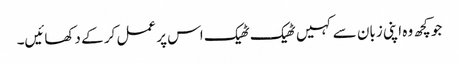
جو کچھ وہ اپنی زبان سے کہیں ٹھیک ٹھیک اس پر عمل کر کے دکھائیں۔